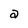
Character: a